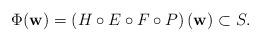
LaTeX: \begin{align*}\Phi({\bf w})=\left(H\circ E\circ F\circ P\right)({\bf w})\subset S.\end{align*}